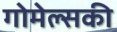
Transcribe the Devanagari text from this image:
गोमेल्सकी